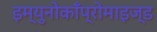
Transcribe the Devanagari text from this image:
इम्युनोकाँप्रोमाइज्ड